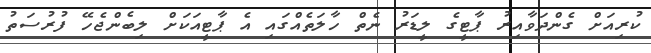
ކުރިއަށް ގެންދަވާއިރު ޕާޓީގެ ލީޑަރު ނެތް ހާލަތެއްގައި އެ ޕާޓީއަކަށް ލިބެންޖެހޭ ފުރުސަތު